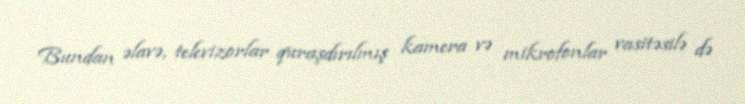
Bundan əlavə, televizorlar quraşdırılmış kamera və mikrofonlar vasitəsilə də